Rakvere_kinnistusamet, lk 8
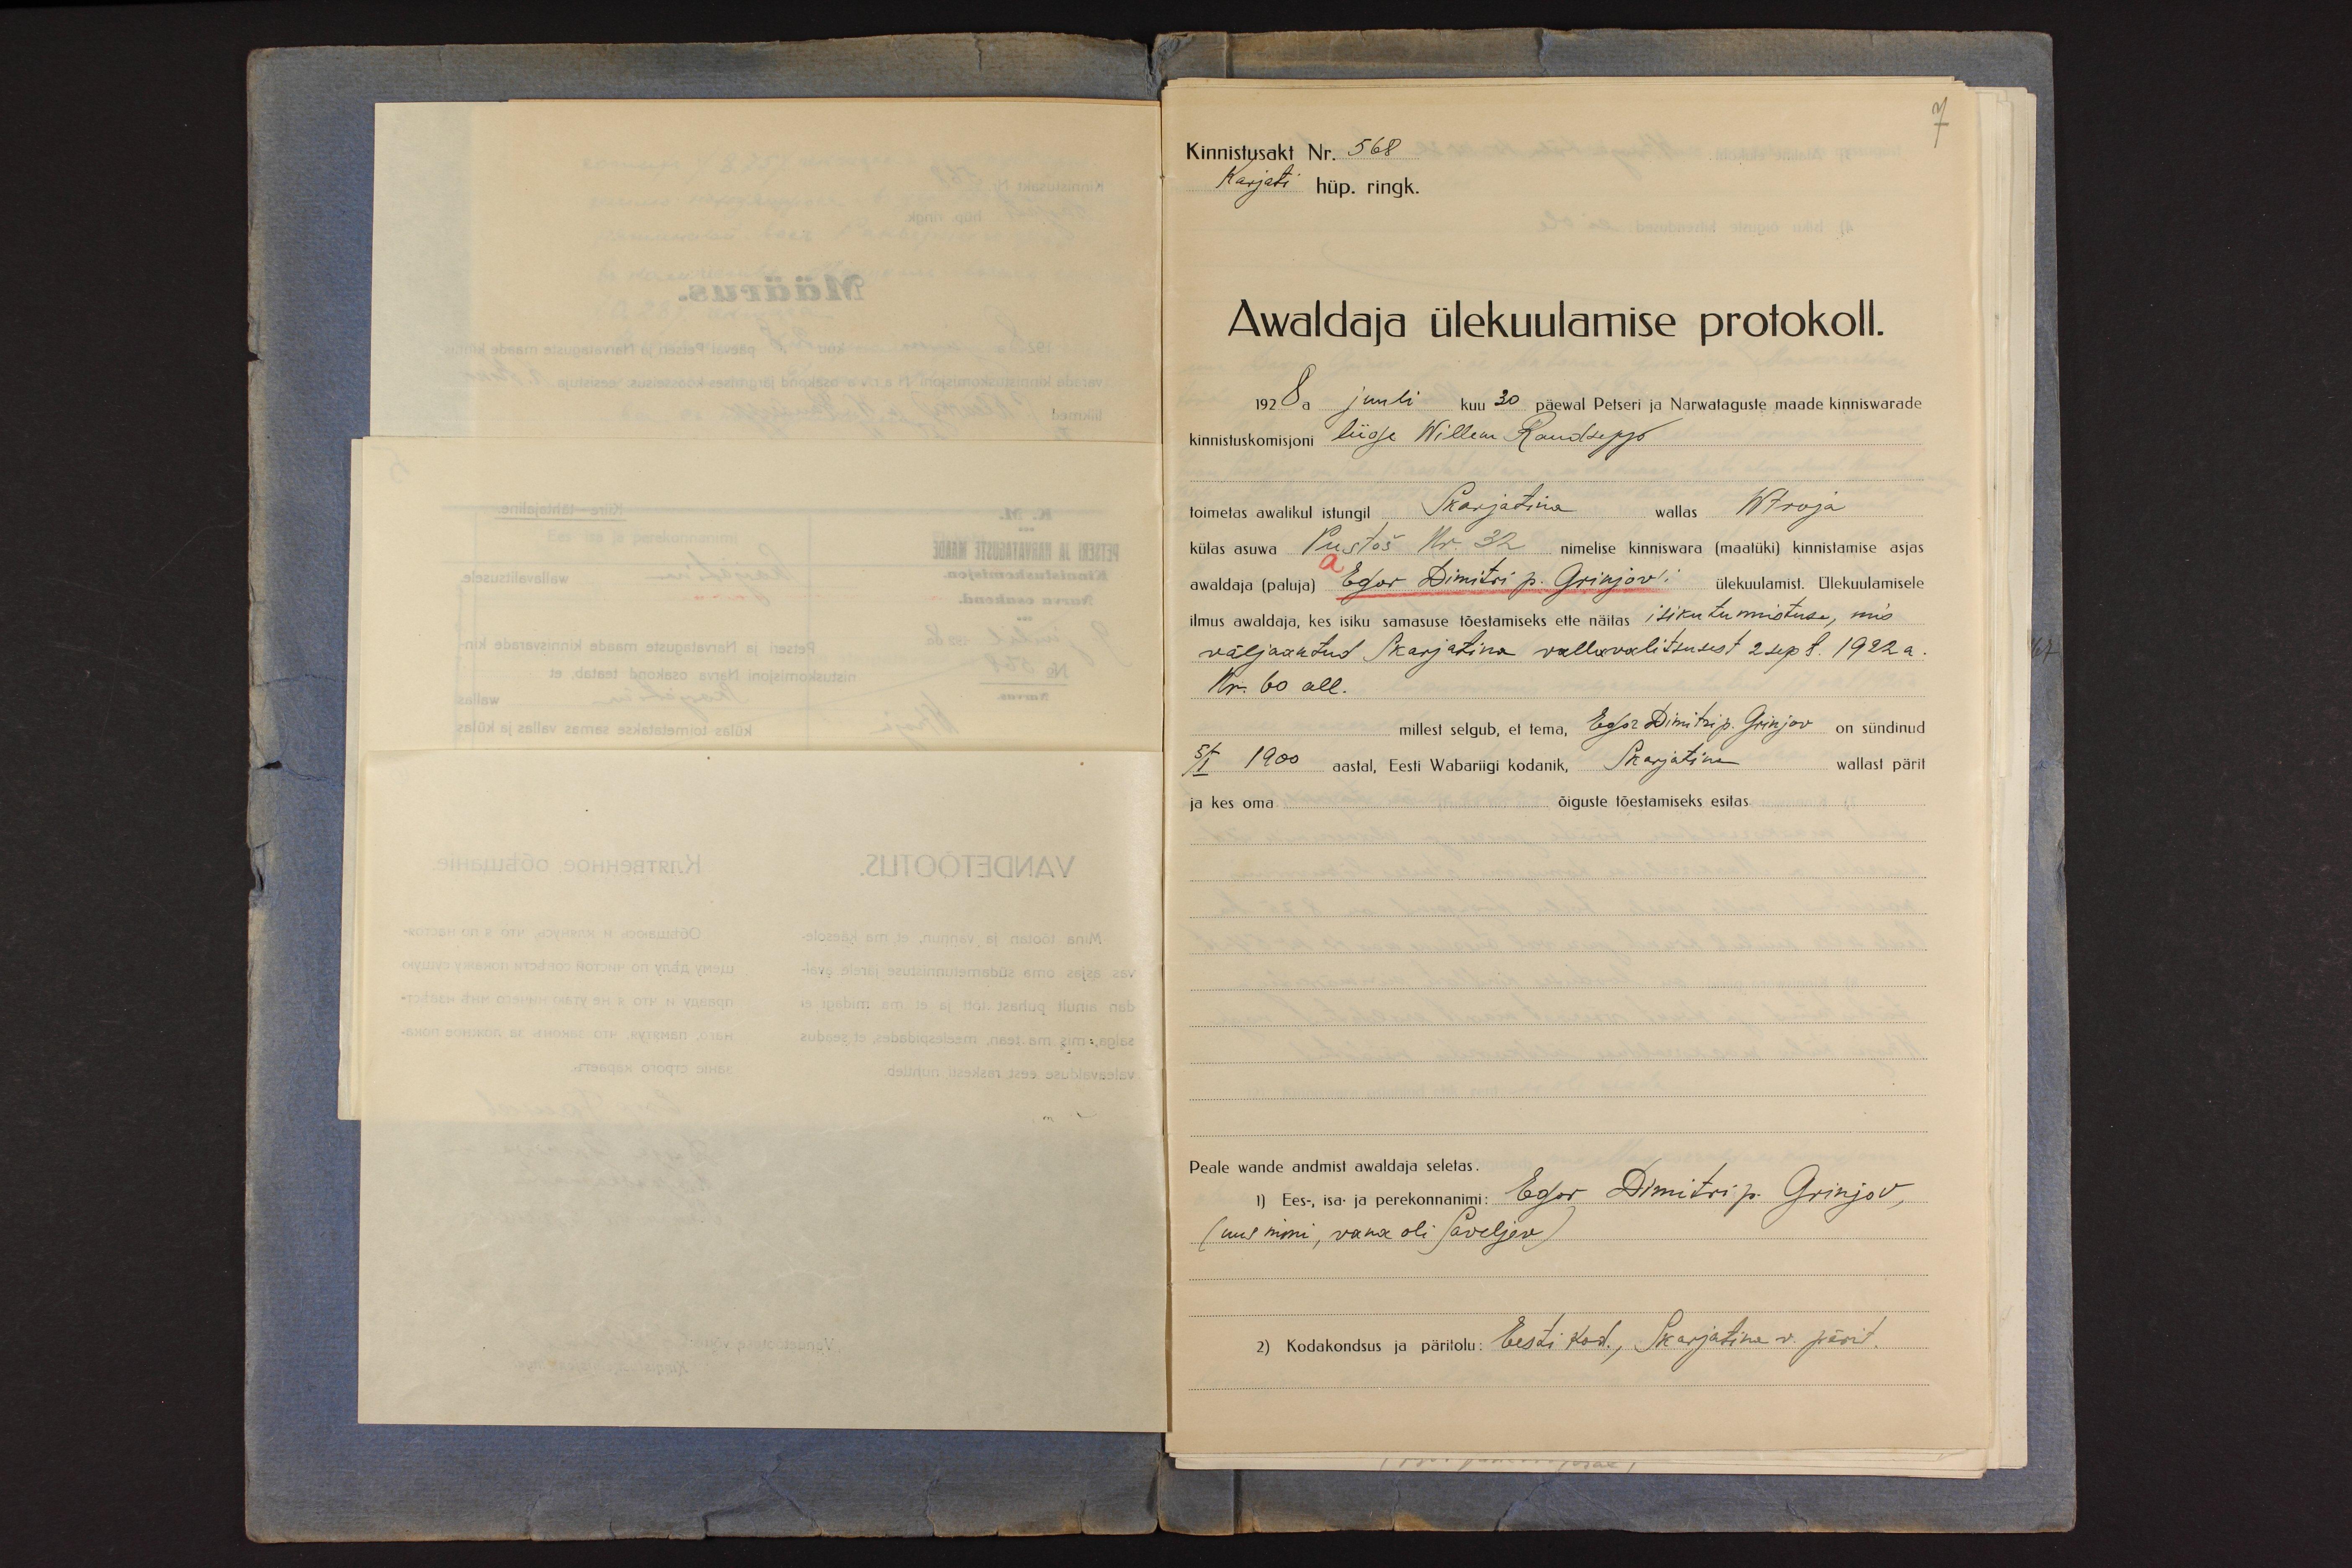
Kinnistusakt Nr. 568
Karjati hüp. ringk.
Awaldaja ülekuulamise protokoll.
1928 a juuli kuu 30 päewal Petseri ja Narwataguste maade kinniswarade
kinnistuskomisjoni liige Willem Raudsepp
toimetas awalikul isungil Skarjatina wallas Wtroja
külas asuwa Pustoš Nr. 32 nimelise kinniswara (maatüki) kinnistamise asjas
awaldaja (paluja) Egor Dimitri p. Grinjov'i ülekuulamist. Ülekuulamisele
ilmus awaldaja, kes isiku samasuse tõestamiseks ette näitas isikutunnistuse, mis
väljaantud Skarjatina vallavalitsusest 2 sept. 1922 a.
Nr. 60 all.
millest selgub, et tema, Egor Dimitri p. Grinjov on sündinud
5/I 1900 aastal, Eesti Wabariigi kodanik, Skarjatina wallast pärit
ja kes oma
õiguste tõestamiseks esitas
Peale wande andmist awaldaja seletas.
1) Ees-, isa- ja perekonnanini: Egor Dimitri p. Grinjov,
(uus nimi, vana oli Saveljev)
2) Kodakondsus ja päriolu: Eesti kod., Skarjatina v. pärit.